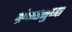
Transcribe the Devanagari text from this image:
ग्रंथातसुध्दा